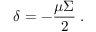
\delta = - \frac { \mu \Sigma } { 2 } \; .